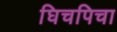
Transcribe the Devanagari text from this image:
घिचपिचा